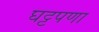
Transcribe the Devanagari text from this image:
घट्टपणा